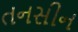
તનસીન